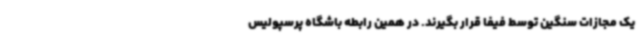
یک مجازات سنگین توسط فیفا قرار بگیرند. در همین رابطه باشگاه پرسپولیس